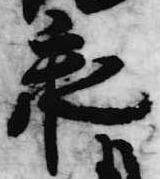
承